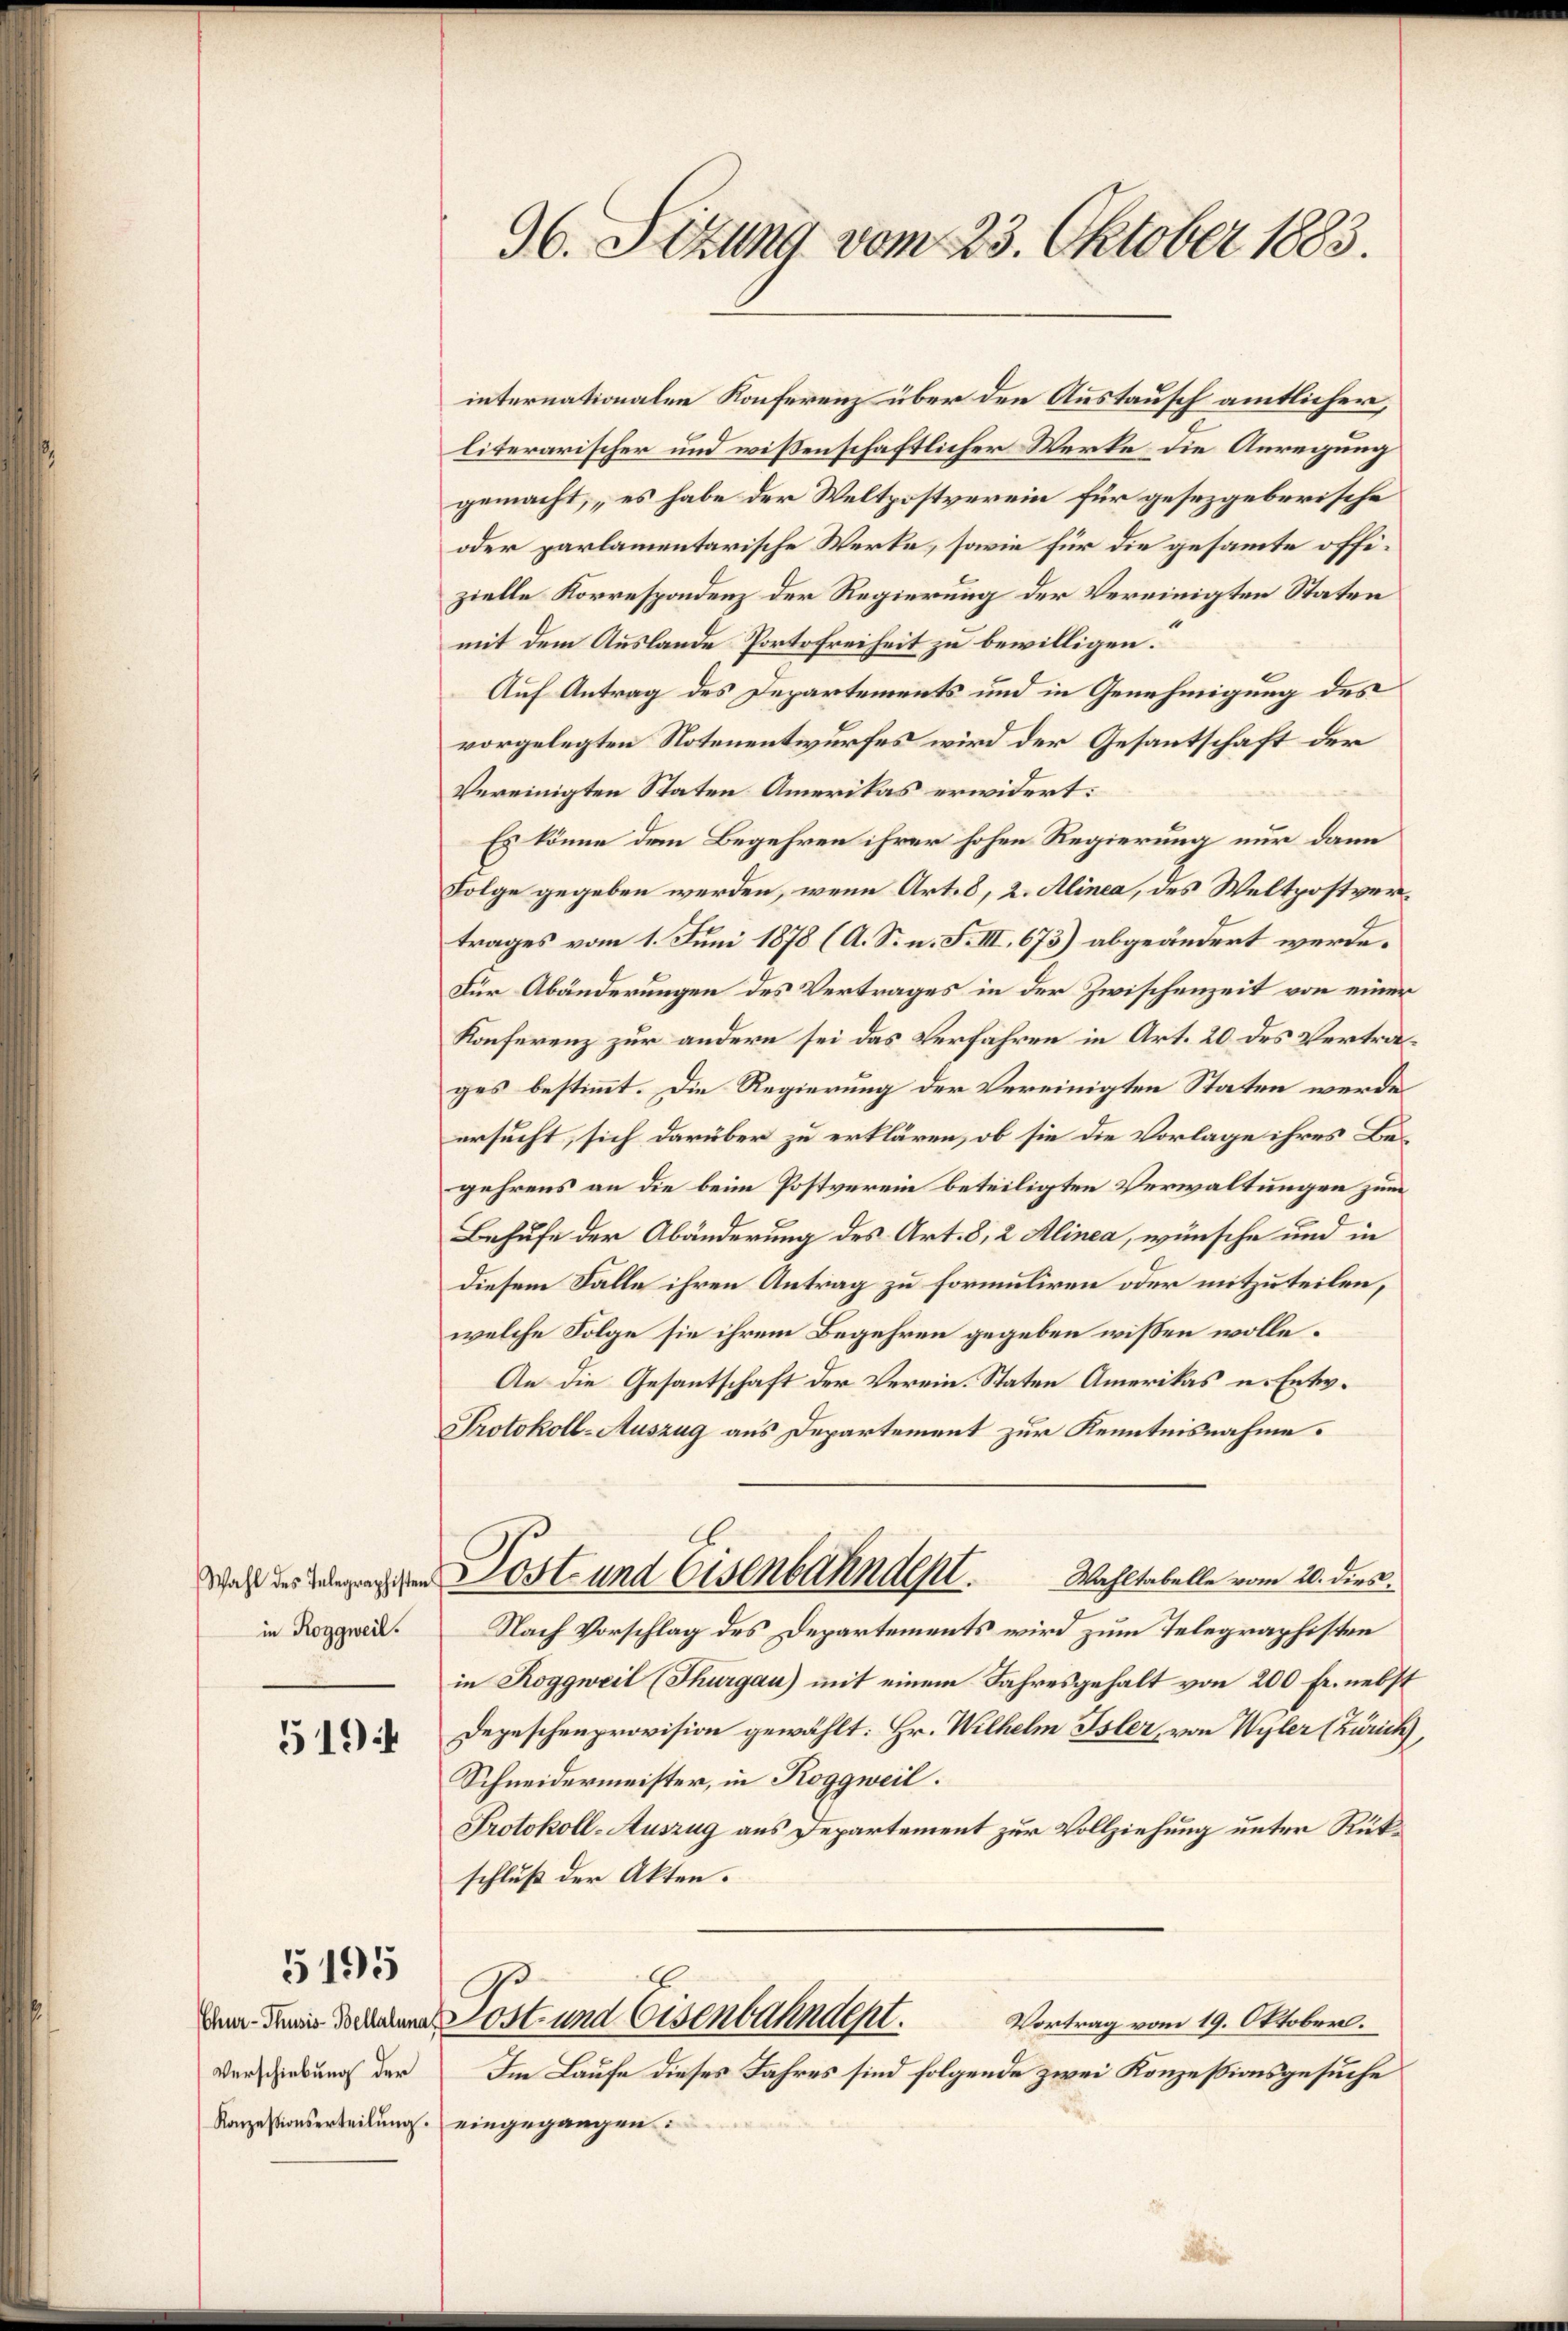
Wahl des Telegraphister
in Roggweil.

51944

5195

internationalen Konferenz über den Austausch amtlicher,
literarischer und wissenschaftlicher Werke die Anregung
gemacht, „es habe der Weltpostverein für gesezgeberische
oder parlamentarische Werke, sowie für die gesammte offizielle Korrespondenz der Regierung der Vereinigten Staten
mit dem Auslande Portofreiheit zu bewilligen.
Auf Antrag des Departements und in Genehmigung des
vorgelegten Notenentwurfes wird der Gesantschaft der
Vereinigten Staten Amerikas erwidert:
Es könne dem Begehren ihrer hohen Regierung nur dann
Folge gegeben werden, wenn Art. 8, 2. Alinea, des Weltpostvertrages vom 1. Juni 1878 (A. S. n. F. III, 673) abgeändert werde.
Für Abänderungen des Vertrages in der Zwischenzeit von einer
Konferenz zur andern sei das Verfahren in Art. 20 des Vertrages bestimmt. Die Regierung der Vereinigten Staten werde
ersucht, sich darüber zu erklären, ob sie die Vorlage ihres Begehrens an die beim Postverein beteiligten Verwaltungen zum
Behufe der Abänderung des Art. 8, 2 Alinea, wünsche und in
diesem Falle ihren Antrag zu formuliren oder mitzuteilen,
welche Folge sie ihrem Begehren gegeben wissen wolle.
An die Gesantschaft der Verein. Staten Amerikas u. Entw.
Protokoll-Auszug aus Departement zur Kenntnisnahme.
Post- und Eisenbahndept
Wahltabelle vom 20. dies
Nach Vorschlag des Departements wird zum Telegraphisten
in Roggweil (Thurgau) mit einem Jahresgehalt von 200 Fr. nebst
Depeschenprovision gewählt: Hr. Wilhelm Isler, von Wyler (Zürich
Schneidermeister, in Roggweil.
Protokoll-Auszug aus Departement zur Vollziehung unter Rükschluß der Akten.
dem der Sachen Post und Eisenbahndent.
Vortrag vom 19. Oktober.
Im Laufe dieses Jahres sind folgende zwei Konzessionsgesuche
Konzessionserteilung eingegangen.

Verschiebung der

96. Sizung vom 23. Oktober 1883.